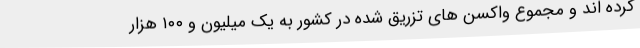
کرده اند و مجموع واکسن های تزریق شده در کشور به یک میلیون و ۱۰۰ هزار